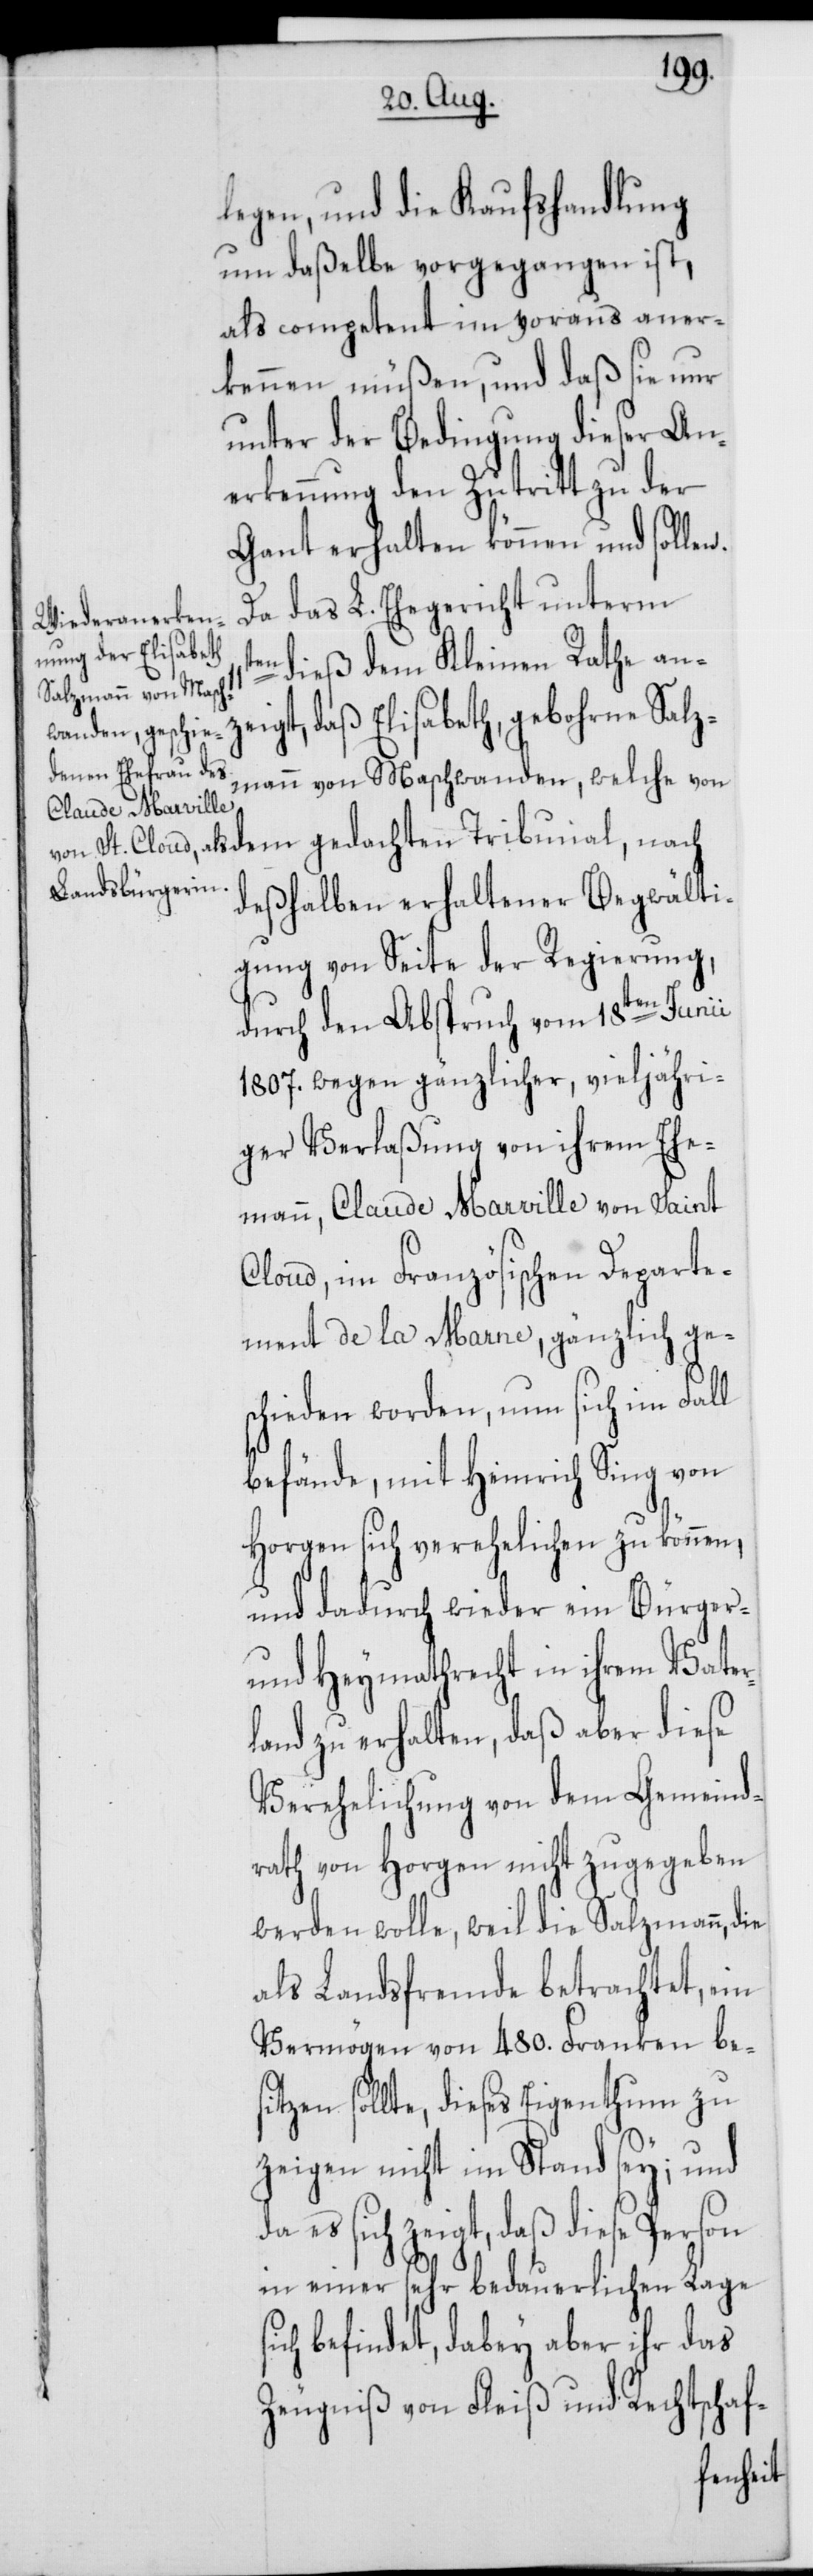
legen, und die Kaufshandlung
um daßelbe vorgegangen ist,
als competent im voraus aner¬
kennen müßen, und daß sie nur
unter der Bedingung dieser An¬
erkennung den Zutritt zu der
Gant erhalten können und sollen.
Da das L. Ehegericht unterm
dieß dem Kleinen Rathe anz¬
eigt, daß Elisabeth, gebohrne Salz¬
mann von Maschwanden, welche von
deßhalben erhaltener Begwälti¬
gung von Seite der Regierung,
durch den Abspruch vom 18ten Junii
1807. wegen gänzlicher, vieljähri¬
ger Verlaßung von ihrem Ehe¬
mann, Claude Marville von Saint
Cloud, im Französischen Departe¬
ment de la Marne, gänzlich ge¬
schieden worden, nun sich im Fall
befände, mit Heinrich Sing von
Horgen sich verehelichen zu können,
und dadurch wieder ein Bürger-
und Heymathrecht in ihrem Vater¬
land zu erhalten, daß aber diese
Verehelichung von dem Gemeind¬
rath von Horgen nicht zugegeben
werden wolle, weil die Salzmann, die
als Landsfremde betrachtet, ein
Vermögen von 480. Franken bes¬
itzen sollte, dieses Eigenthum zu
zeigen nicht im Stand sey; und
da es sich zeigt, daß diese Person
in einer sehr bedauerlichen Lage
befindet, dabey aber ihr das
Zeugniß von Fleiß und Rechtschaf-